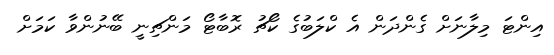
އިންޓަ މިލާނަށް ގެންދަން އެ ކްލަބުގެ ކޯޗު ރޮބާޓޯ މަންޗިނީ ބޭނުންވާ ކަމަށް